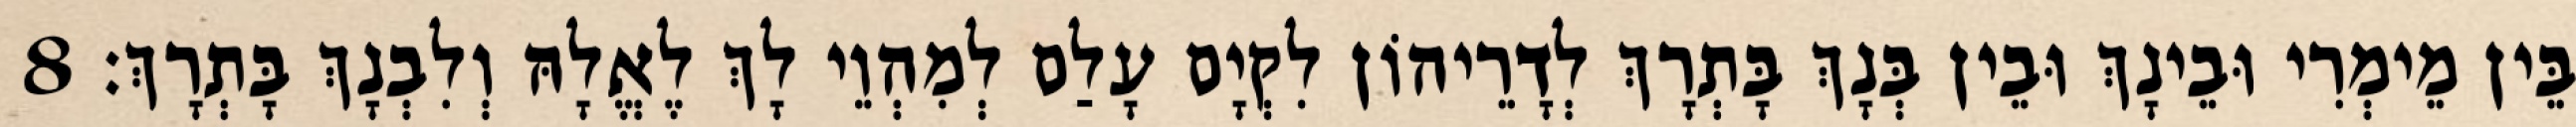
בֵּין מֵימְרִי וּבֵינָךְ וּבֵין בְּנָךְ בָּתְרָךְ לְדָרֵיהוֹן לִקְיָם עָלַם לְמִהְוֵי לָךְ לֶאֱלָהּ וְלִבְנָךְ בָּתְרָךְ׃ 8